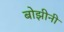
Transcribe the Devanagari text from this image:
बोझीनी